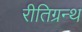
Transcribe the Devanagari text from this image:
रीतिग्रन्थ